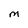
Character: M